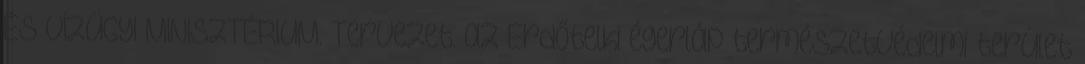
ÉS VÍZÜGYI MINISZTÉRIUM. Tervezet. az Erdőtelki égerláp természetvédelmi terület